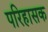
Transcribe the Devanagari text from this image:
परिहासक